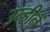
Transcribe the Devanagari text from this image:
उन्हीनें